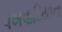
પખવાડિયાના